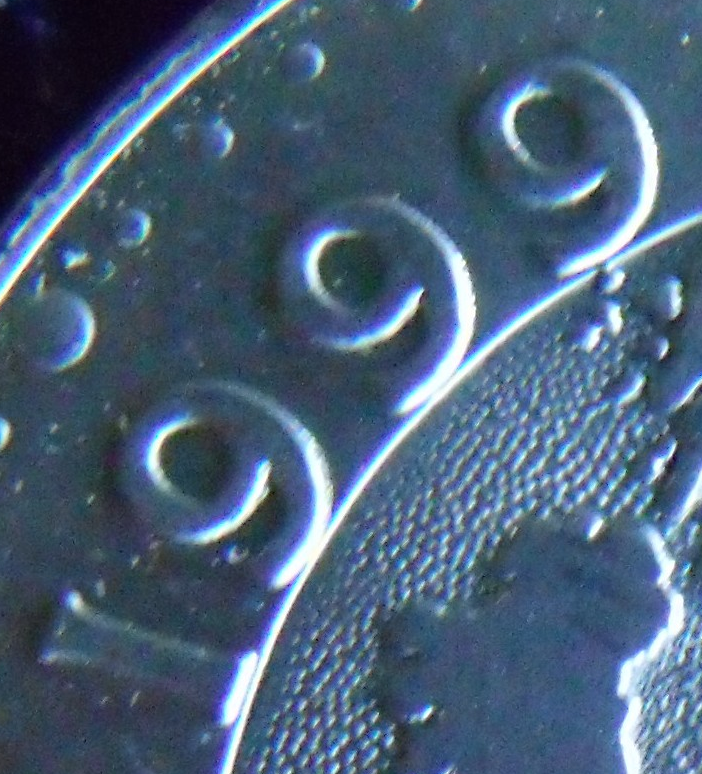
1999